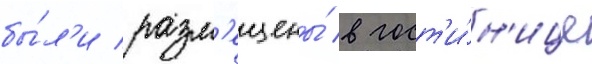
бы́л'и разм'ещены́ в гост'и́н'ице